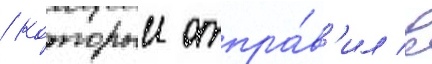
/ которыи отпра́в'ил в